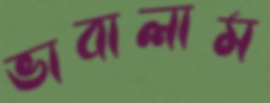
ভাবালাম